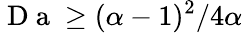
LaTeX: \mathrm{~D~a~}\geq(\alpha-1)^{2}/4\alpha